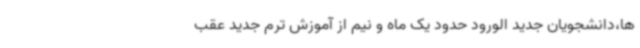
ها،دانشجویان جدید الورود حدود یک ماه و نیم از آموزش ترم جدید عقب